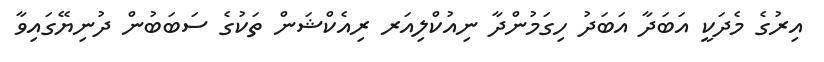
އިރުގެ މެދަކީ އަބަދާ އަބަދު ހިގަމުންދާ ނިއުކްލިއަރ ރިއެކްޝަން ތަކުގެ ސަބަބުން ދުނިޔޭގައިވާ